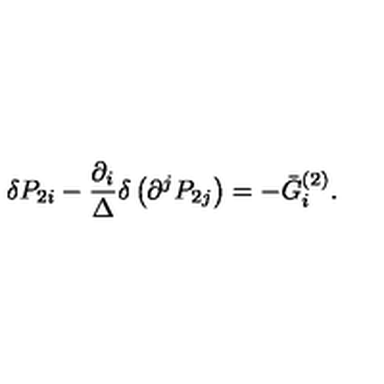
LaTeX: \delta P _ { 2 i } - \frac { \partial _ { i } } \Delta \delta \left( \partial ^ { j } P _ { 2 j } \right) = - \bar { G } _ { i } ^ { ( 2 ) } .